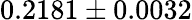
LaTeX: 0.2181\pm 0.0032